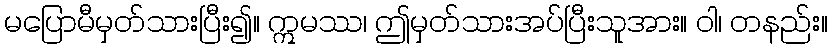
မပြောမီမှတ်သားပြီး၍။ ဣမဿ၊ ဤမှတ်သားအပ်ပြီးသူအား။ ဝါ၊ တနည်း။